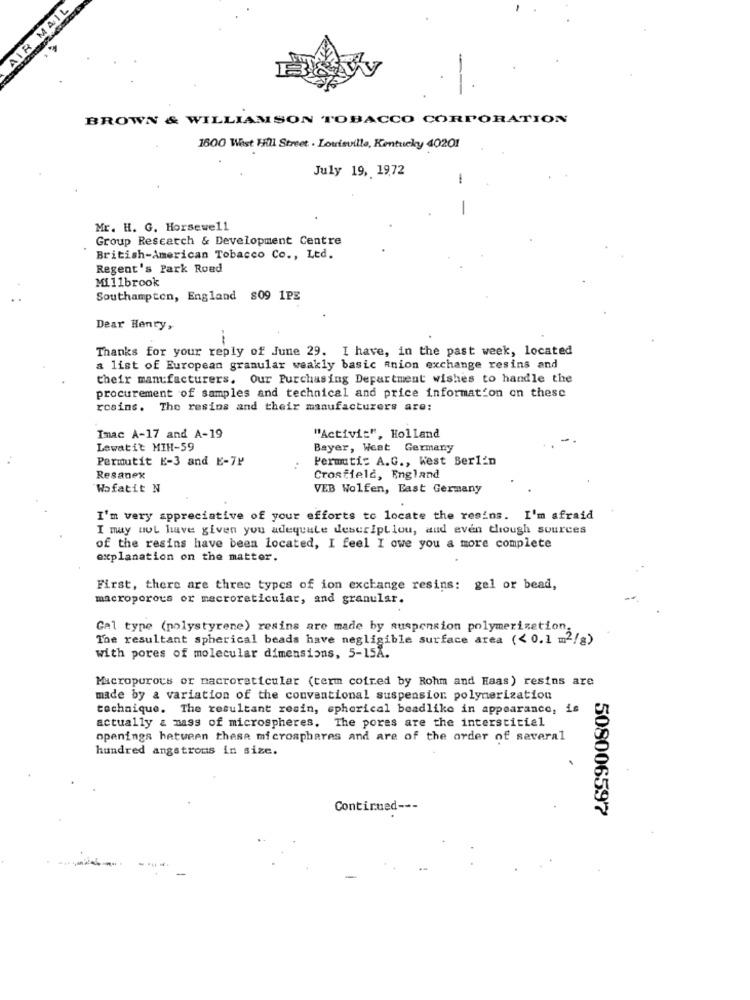
AIR MAIL
BROWN & WILLIAMSON TOBACCO CORPORATION
1600 Wast Hill Street . Louisville, Kentucky 40201
July 19, 19,72
-
Mr. H. G. Horsewell
Group Research & Development Centre
British-American Tobacco Co ., Ltd.
Regent's Park Road
Millbrook
Southampton, England 809 1PE
Dear Henry,
Thanks for your reply of June 29. I have, in the past week, located
a list of European granular weakly basic anion exchange resins and
their manufacturers. Our Purchasing Department wishes to handle the
procurement of samples and technical and price information on these
rosins. The resins and their manufacturers are:
Imac A-17 and A-19
"Activit", Holland
Lewatit MIH-59
Bayer, West Germany
Permutit E-3 and E-7P
Permuti: A.G ., West Berlin
Resanex
Crosfield, England
Wofatit N
VEB Wolfen, East Germany
I'm very appreciative of your efforts to locate the resins. I'm afraid
I may not have given you adequate descript lou, and even though sources
of the resins have been located, I feel I owe you a more complete
explanation on the matter.
First, there are three types of ion exchange resins: gel or bead,
macroporous or macroreticular, and granular.
Gal type (polystyrene) resins are made by suspension polymerization
The resultant spherical beads have negligible surface area (< 0.1 m2/g)
with pores of molecular dimensions, 5-15A.
Microporous or macroreticular (term cofred by Rohm and Haas) resins are
made by a variation of the conventional suspension polymerization
technique. The resultant resin, spherical beadlike in appearance, is
actually & mass of microspheres. The pores are the interstitial
openings between thesa microspheres and are of the order of several
hundred angstroms in size.
Continued ---
508006597